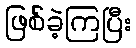
ဖြစ်ခဲ့ကြပြီး